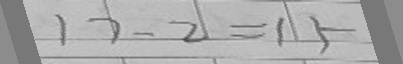
1 7 - 2 = 1 5